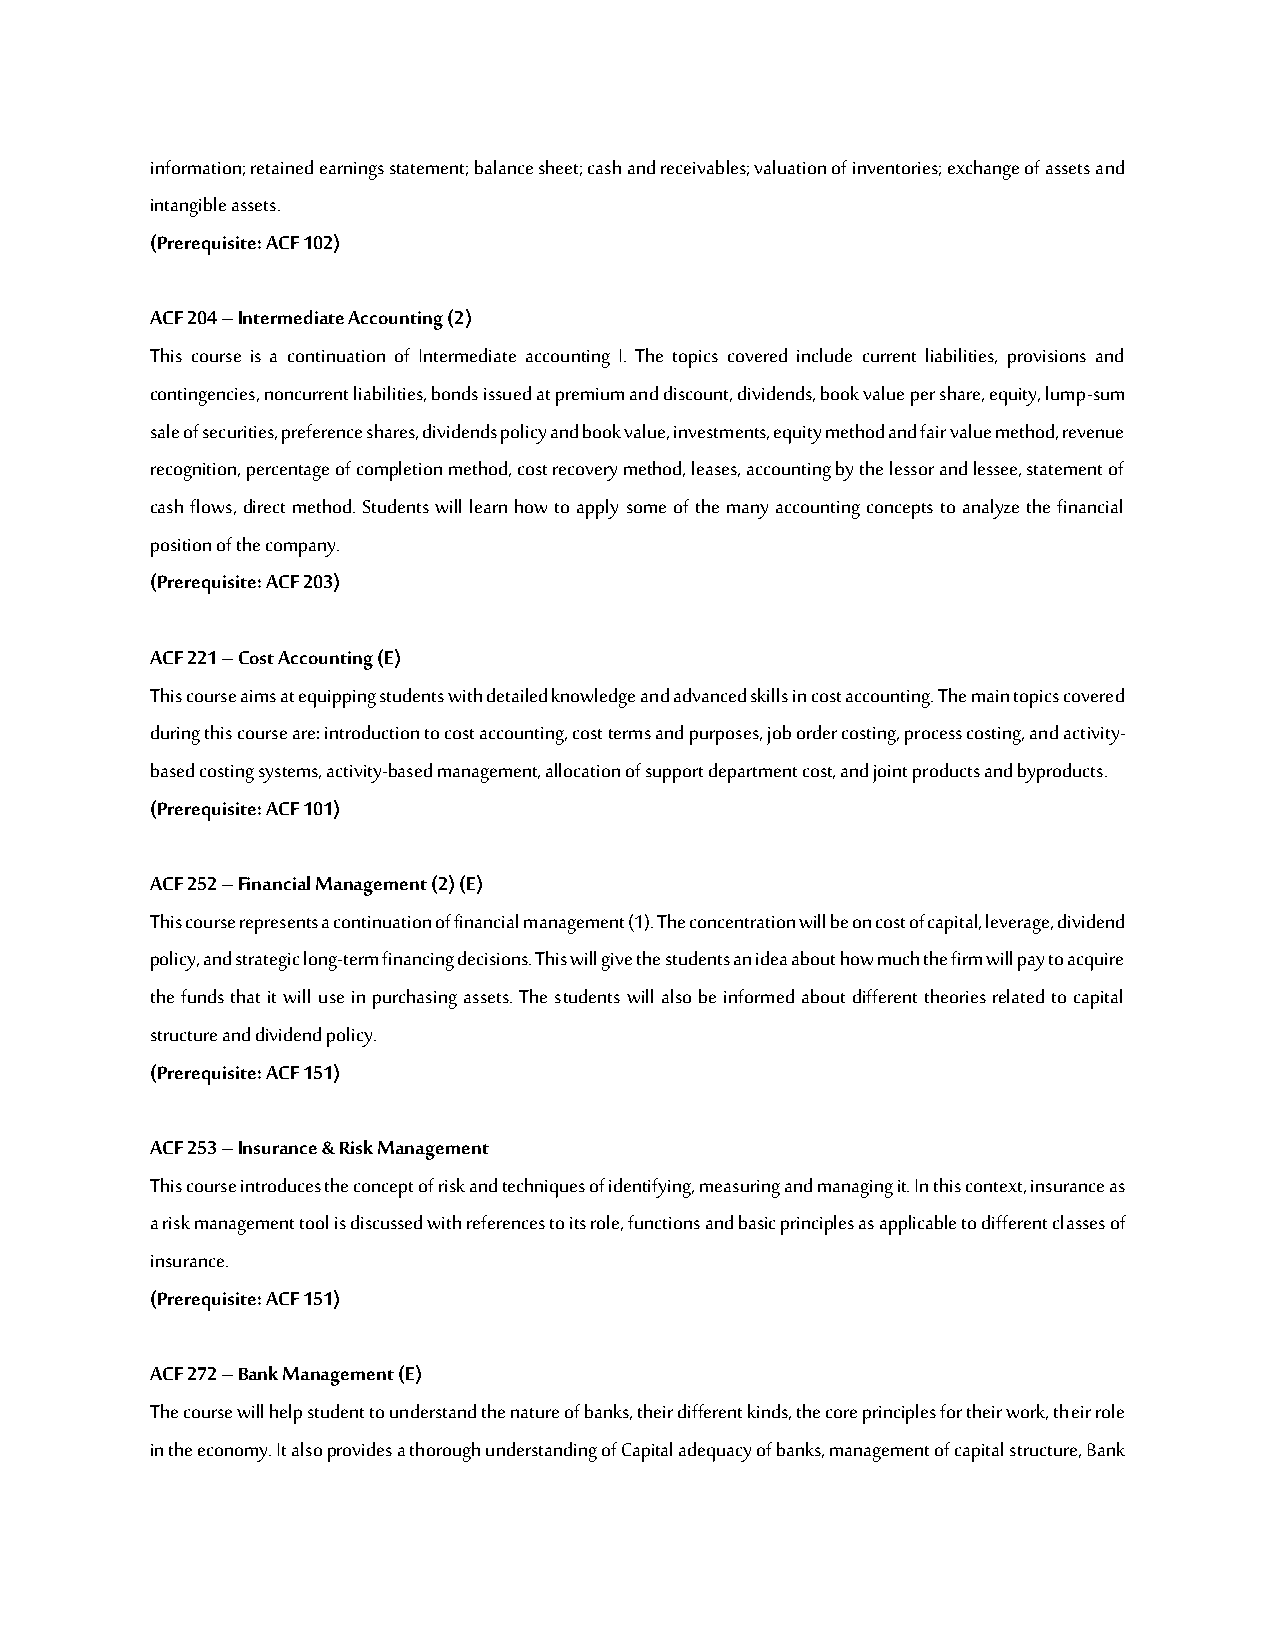
information; retained earnings statement; balance sheet; cash and receivables; valuation of inventories; exchange of assets and
 intangible assets.
 (Prerequisite: ACF 102)
 ACF 204 – Intermediate Accounting (2)
 This course is a continuation of Intermediate accounting I. The topics covered include current liabilities, provisions and
 contingencies, noncurrent liabilities, bonds issued at premium and discount, dividends, book value per share, equity, lump-sum
 sale of securities, preference shares, dividends policy and book value, investments, equity method and fair value method, revenue
 recognition, percentage of completion method, cost recovery method, leases, accounting by the lessor and lessee, statement of
 cash flows, direct method. Students will learn how to apply some of the many accounting concepts to analyze the financial
 position of the company.
 (Prerequisite: ACF 203)
 ACF 221 – Cost Accounting (E)
 This course aims at equipping students with detailed knowledge and advanced skills in cost accounting. The main topics covered
 during this course are: introduction to cost accounting, cost terms and purposes, job order costing, process costing, and activity-
 based costing systems, activity-based management, allocation of support department cost, and joint products and byproducts.
 (Prerequisite: ACF 101)
 ACF 252 – Financial Management (2) (E)
 This course represents a continuation of financial management (1). The concentration will be on cost of capital, leverage, dividend
 policy, and strategic long-term financing decisions. This will give the students an idea about how much the firm will pay to acquire
 the funds that it will use in purchasing assets. The students will also be informed about different theories related to capital
 structure and dividend policy.
 (Prerequisite: ACF 151)
 ACF 253 – Insurance & Risk Management
 This course introduces the concept of risk and techniques of identifying, measuring and managing it. In this context, insurance as
 a risk management tool is discussed with references to its role, functions and basic principles as applicable to different classes of
 insurance.
 (Prerequisite: ACF 151)
 ACF 272 – Bank Management (E)
 The course will help student to understand the nature of banks, their different kinds, the core principles for their work, their role
 in the economy. It also provides a thorough understanding of Capital adequacy of banks, management of capital structure, Bank